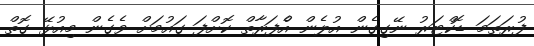
ފުރަތަމަ ޑޮކްޓަރު ނޭގިގެން އުލެން އެެްފަރާތް ކޮށްފަ ގައުމަށް ވެގެން މިއުޅޭ ގޮތް